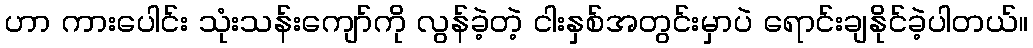
ဟာ ကားပေါင်း သုံးသန်းကျော်ကို လွန်ခဲ့တဲ့ ငါးနှစ်အတွင်းမှာပဲ ရောင်းချနိုင်ခဲ့ပါတယ်။